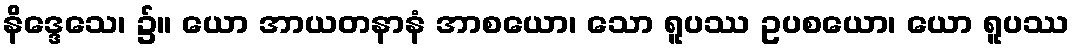
နိဒ္ဒေသေ၊ ၌။ ယော အာယတနာနံ အာစယော၊ သော ရူပဿ ဥပစယော၊ ယော ရူပဿ